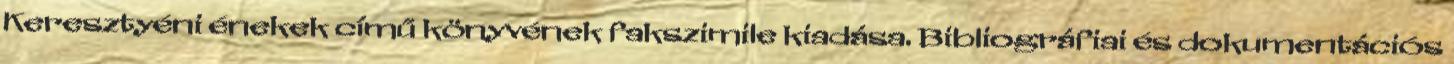
Keresztyéni énekek című könyvének fakszimile kiadása. Bibliográfiai és dokumentációs